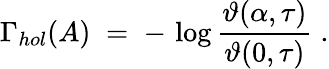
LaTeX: \Gamma_{hol}(A)\; =\; -\, \log\frac{\vartheta(\alpha,\tau)}{\vartheta(0,\tau)}\; .